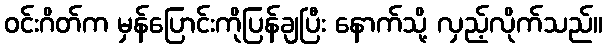
ဝင်းဂိတ်က မှန်ပြောင်းကိုပြန်ချပြီး နောက်သို့ လှည့်လိုက်သည်။